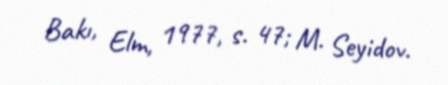
Bakı, Elm, 1977, s. 47; M. Seyidov.